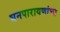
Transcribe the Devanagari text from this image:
घनपारायणांचा